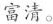
富清。